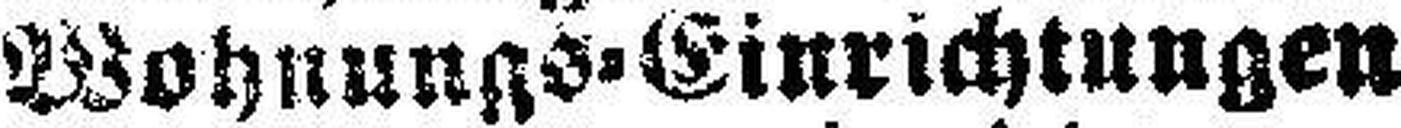
Wohnungs-Einrichtungen